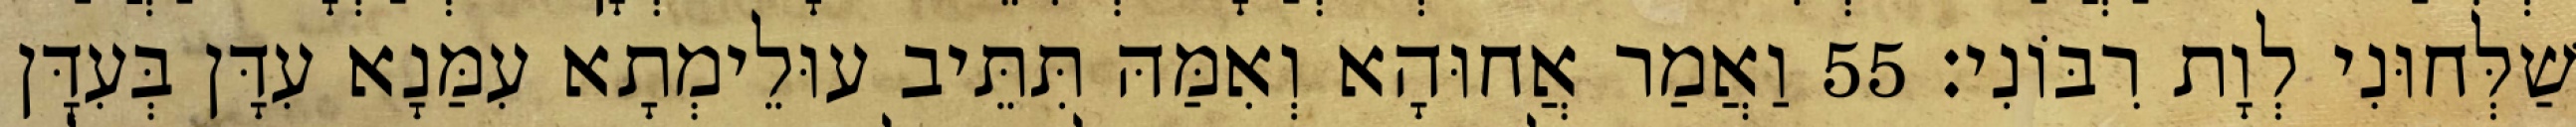
שַׁלְּחוּנִי לְוָת רִבּוֹנִי׃ 55 וַאֲמַר אֲחוּהָא וְאִמַּהּ תִּתֵּיב עוּלֵימְתָא עִמַּנָא עִדָּן בְּעִדָּן